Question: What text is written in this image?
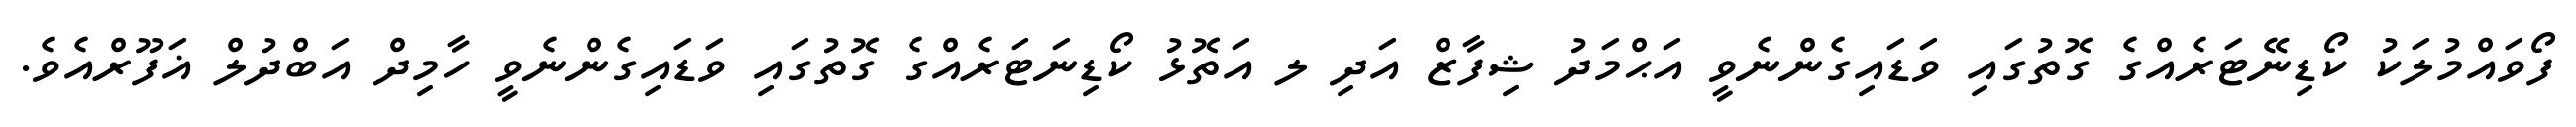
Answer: ފޯވައްމުލަކު ކޯޑިނޭޓަރެއްގެ ގޮތުގައި ވަޑައިގެންނެވީ އަޙްމަދު ޝިފާޒް އަދި ލ އަތޮޅު ކޯޑިނަޓަރެއްގެ ގޮތުގައި ވަޑައިގެންނެވީ ހާމިދް އަބްދުލް ޣަފޫރްއެވެ.